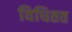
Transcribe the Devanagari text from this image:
विधितत